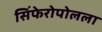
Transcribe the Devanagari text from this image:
सिंफेरोपोलला